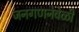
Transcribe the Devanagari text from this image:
जनगणनेवेळी